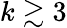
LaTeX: k\gtrsim 3